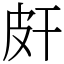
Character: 皯